Vaccination in Bombay 1902-1912 - 1902-1912
Year: 1902
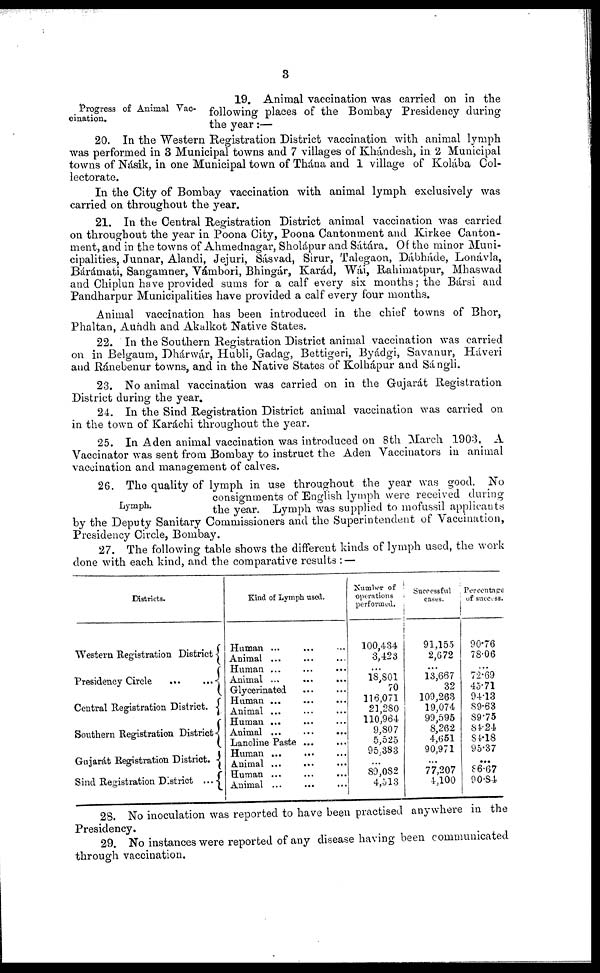
3
Progress of Animal Vac-
cination.
19. Animal vaccination was carried on in the
following places of the Bombay Presidency during
the year:—
20. In the Western Registration District vaccination with animal lymph
was performed in 3 Municipal towns and 7 villages of Khándesh, in 2 Municipal
towns of Násik, in one Municipal town of Thána and 1 village of Kolába Col-
lectorate.
In the City of Bombay vaccination with animal lymph exclusively was
carried on throughout the year.
21. In the Central Registration District animal vaccination was carried
on throughout the year in Poona City, Poona Cantonment and Kirkee Canton-
ment, and in the towns of Ahmednagar, Sholápur and Sátára. Of the minor Muni-
cipalities, Junnar, Alandi, Jejuri, Sásvad, Sirur, Talegaon, Dábháde, Lonávla,
Bárámati, Sangamner, Vámbori, Bhingár, Karád, Wái, Rahimatpur, Mhaswad
and Chiplun have provided sums for a calf every six months; the Bársi and
Pandharpur Municipalities have provided a calf every four months.
Animal vaccination has been introduced in the chief towns of Bhor,
Phaltan, Aundh and Akalkot Native States.
22. In the Southern Registration District animal vaccination was carried
on in Belgaum, Dhárwár, Hubli, Gadag, Bettigeri, Byádgi, Savanur, Háveri
and Ránebenur towns, and in the Native States of Kolhápur and Sángli.
23. No animal vaccination was carried on in the Gujarát Registration
District during the year.
24. In the Sind Registration District animal vaccination was carried on
in the town of Karáchi throughout the year.
25. In Aden animal vaccination was introduced on 8th March 1903. A
Vaccinator was sent from Bombay to instruct the Aden Vaccinators in animal
vaccination and management of calves.
Lymph.
26. The quality of lymph in use throughout the year was good. No
consignments of English lymph were received during
the year. Lymph was supplied to mofussil applicants
by the Deputy Sanitary Commissioners and the Superintendent of Vaccination,
Presidency Circle, Bombay.
27. The following table shows the different kinds of lymph used, the work
done with each kind, and the comparative results : —
Districts.
Western Registration District
Presidency Circle
...
...
Central Registration District.
Southern Registration District
Gujarát Registration District.
Sind Registration District ...
Kind of Lymph used.
Human ... ... ...
Animal ... ... ...
Human ... ... ...
Animal ... ... ...
Glycerinated ... ...
Human ... ... ...
Animal ... ... ...
Human ... ... ...
Animal ...
...
...
Lanoline Paste ... ...
Human ... ... ...
Animal ... ... ...
Human ... ... ...
Animal ... ... ...
Number of
operations
performed.
100,434
3,423
...
18,801
70
116,071
21,280
110,964
9,807
5,525
95,383
...
89,082
4,513
Successful
cases.
91,155
2,672
...
13,667
32
109,263
19,074
99,595
8,262
4,651
90,971
...
77,207
4,100
Percentage
of
success.
90.76
78.06
...
72.69
45.71
94.13
89.63
89.75
84.24
84.18
95.37
...
86.67
90.84
28. No inoculation was reported to have been practised anywhere in the
Presidency.
29. No instances were reported of any disease having been communicated
through vaccination.